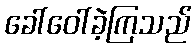
ခေါ်ဝေါ်ခဲ့ကြသည်